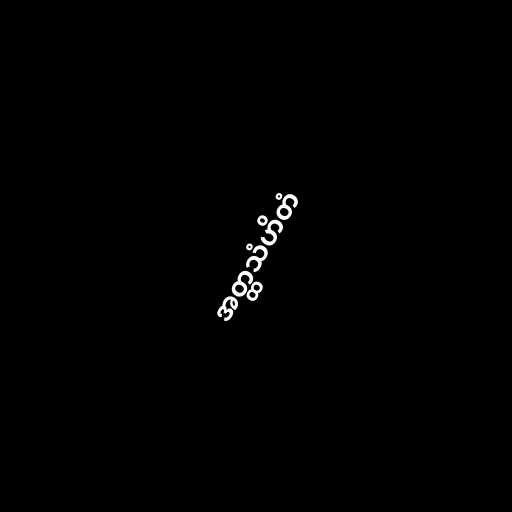
အတ္ထသံဟိတံ